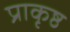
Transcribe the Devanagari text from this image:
प्राकृष्ठ